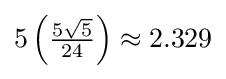
5\left({\tfrac {5{\sqrt {5}}}{24}}\right)\approx 2.329